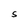
Character: S